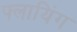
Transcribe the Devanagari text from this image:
फ्लायिंग